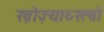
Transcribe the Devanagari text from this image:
ख़ोज़्याय्स्त्वो